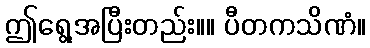
ဤရွေ့အပြီးတည်း။။ ပီတကသိဏံ။